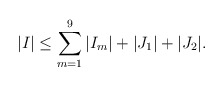
\begin{align*} \vert I\vert\leq \sum_{m=1}^9\vert I_m\vert+\vert J_1\vert+\vert J_2\vert. \end{align*}